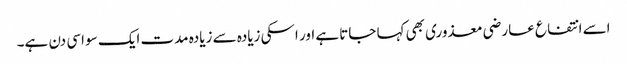
اسے انتفاع عارضی معذوری بھی کہا جاتا ہے اور اسکی زیادہ سے زیادہ مدت ایک سو اسی دن ہے۔